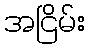
အငြိမ်း